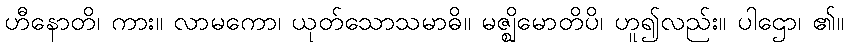
ဟီနောတိ၊ ကား။ လာမကော၊ ယုတ်သောသမာဓိ။ မဇ္ဈိမောတိပိ၊ ဟူ၍လည်း။ ပါဌော၊ ၏။